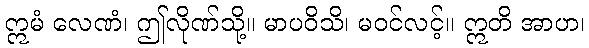
ဣမံ လေဏံ၊ ဤလိုဏ်သို့။ မာပဝိသိ၊ မဝင်လင့်။ ဣတိ အာဟ၊